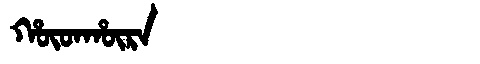
Manchu: ᡥᡡᡨᡥᡡᡵᠠ
Romanization: HŪTHŪRA